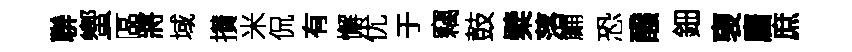
聨蠁區將域攅米侃有懈优于竊鼓檗落鯆恐醱鈿褏麕庶